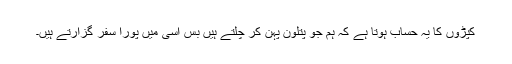
کپڑوں کا یہ حساب ہوتا ہے کہ ہم جو پتلون پہن کر چلتے ہیں بس اسی میں پورا سفر گزارتے ہیں۔